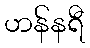
ဟန်နရီ